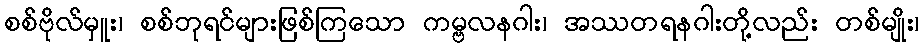
စစ်ဗိုလ်မှူး၊ စစ်ဘုရင်များဖြစ်ကြသော ကမ္ဗလနဂါး၊ အဿတရနဂါးတို့လည်း တစ်မျိုး၊